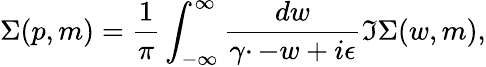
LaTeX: \Sigma(p,m)=\frac{1}{\pi}\int_{-\infty}^{\infty}\frac{dw}{\gamma\cdotp-w+i\epsilon}\Im\Sigma(w,m),